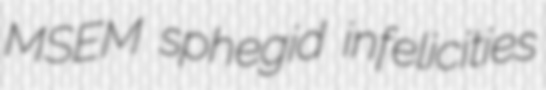
MSEM sphegid infelicities